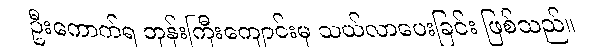
ဦးကောက်ရ ဘုန်းကြီးကျောင်းမှ သယ်လာပေးခြင်း ဖြစ်သည်။